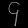
Digit: ၄